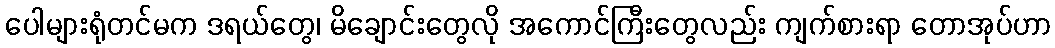
ပေါများရုံတင်မက ဒရယ်တွေ၊ မိချောင်းတွေလို အကောင်ကြီးတွေလည်း ကျက်စားရာ တောအုပ်ဟာ